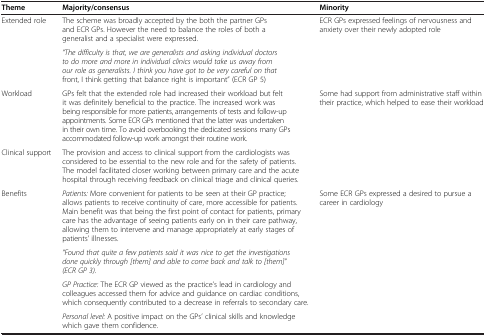
<table><thead><tr><td><b>Theme</b></td><td><b>Majority/consensus</b></td><td><b>Minority</b></td></tr></thead><tbody><tr><td rowspan="2">Extended role</td><td>The scheme was broadly accepted by the both the partner GPs and ECR GPs. However the need to balance the roles of both a generalist and a specialist were expressed.</td><td rowspan="2">ECR GPs expressed feelings of nervousness and anxiety over their newly adopted role</td></tr><tr><td><i>“The difficulty is that, we are generalists and asking individual doctors to do more and more in individual clinics would take us away from our role as generalists. I think you have got to be very careful on that front, I think getting that balance right is important” (ECR GP 5)</i></td></tr><tr><td>Workload</td><td>GPs felt that the extended role had increased their workload but felt it was definitely beneficial to the practice. The increased work was being responsible for more patients, arrangements of tests and follow-up appointments. Some ECR GPs mentioned that the latter was undertaken in their own time. To avoid overbooking the dedicated sessions many GPs accommodated follow-up work amongst their routine work.</td><td>Some had support from administrative staff within their practice, which helped to ease their workload</td></tr><tr><td>Clinical support</td><td>The provision and access to clinical support from the cardiologists was considered to be essential to the new role and for the safety of patients. The model facilitated closer working between primary care and the acute hospital through receiving feedback on clinical triage and clinical queries.</td><td> </td></tr><tr><td rowspan="4">Benefits</td><td><i>Patients:</i> More convenient for patients to be seen at their GP practice; allows patients to receive continuity of care, more accessible for patients. Main benefit was that being the first point of contact for patients, primary care has the advantage of seeing patients early on in their care pathway, allowing them to intervene and manage appropriately at early stages of patients’ illnesses.</td><td rowspan="4">Some ECR GPs expressed a desired to pursue a career in cardiology</td></tr><tr><td><i>“Found that quite a few patients said it was nice to get the investigations done quickly through [them] and able to come back and talk to [them]” (ECR GP 3).</i></td></tr><tr><td><i>GP Practice:</i> The ECR GP viewed as the practice’s lead in cardiology and colleagues accessed them for advice and guidance on cardiac conditions, which consequently contributed to a decrease in referrals to secondary care.</td></tr><tr><td><i>Personal level:</i> A positive impact on the GPs’ clinical skills and knowledge which gave them confidence.</td></tr></tbody></table>